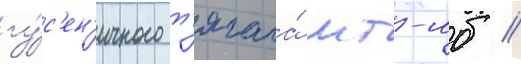
гу́с'ен'ичного т'ягача́ мт-лб //